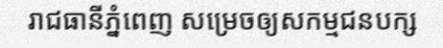
រាជធានីភ្នំពេញ សម្រេចឲ្យសកម្មជនបក្ស